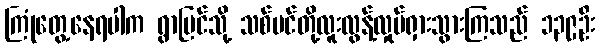
ကြုံတွေ့နေရပါက ရွာပြင်သို့ သစ်ပင်တို့လူးလွန့်လှုပ်ရှားသွားကြသည် ၁၃၉ဦး